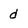
Character: d